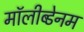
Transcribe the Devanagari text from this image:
मॉलीब्डेनम